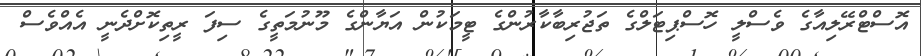
އޮސްޓްރޭލިއާގެ ވެސްލީ ހޮސްޕިޓަލްގެ ތަޖުރިބާކާރުންގެ ޓީމަކުން އަޔާންގެ މޫނުމަތީގެ ސިފަ ރީތިކޮށްދެނީ އެއްވެސް